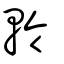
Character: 軨